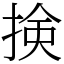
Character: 𢮦